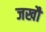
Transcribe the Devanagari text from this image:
जखौ